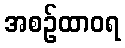
အစဉ်ထာဝရ